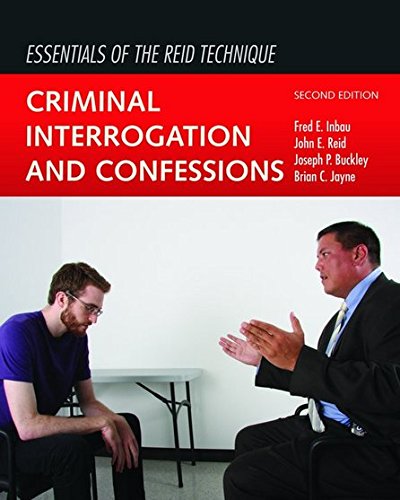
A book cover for Essentials Of The Reid Technique: Criminal Interrogation and Confessions; Fred E. Inbau; Law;